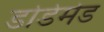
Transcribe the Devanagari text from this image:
डोडेमेड